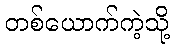
တစ်ယောက်ကဲ့သို့